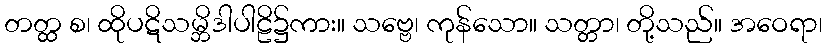
တတ္ထ စ၊ ထိုပဋိသမ္ဘိဒါပါဠိ၌ကား။ သဗ္ဗေ၊ ကုန်သော။ သတ္တာ၊ တို့သည်။ အဝေရာ၊